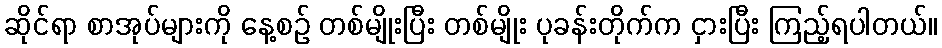
ဆိုင်ရာ စာအုပ်များကို နေ့စဉ် တစ်မျိုးပြီး တစ်မျိုး ပုခန်းတိုက်က ငှားပြီး ကြည့်ရပါတယ်။